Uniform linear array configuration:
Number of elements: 32
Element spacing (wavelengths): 0.5
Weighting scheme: hamming
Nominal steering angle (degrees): -45
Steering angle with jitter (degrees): -44.09
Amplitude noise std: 0.05
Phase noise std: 0.05

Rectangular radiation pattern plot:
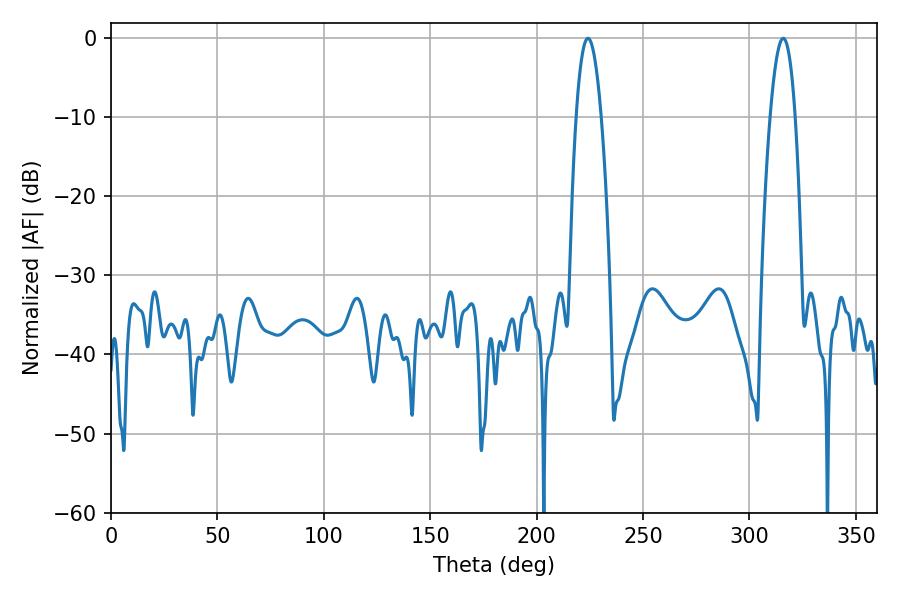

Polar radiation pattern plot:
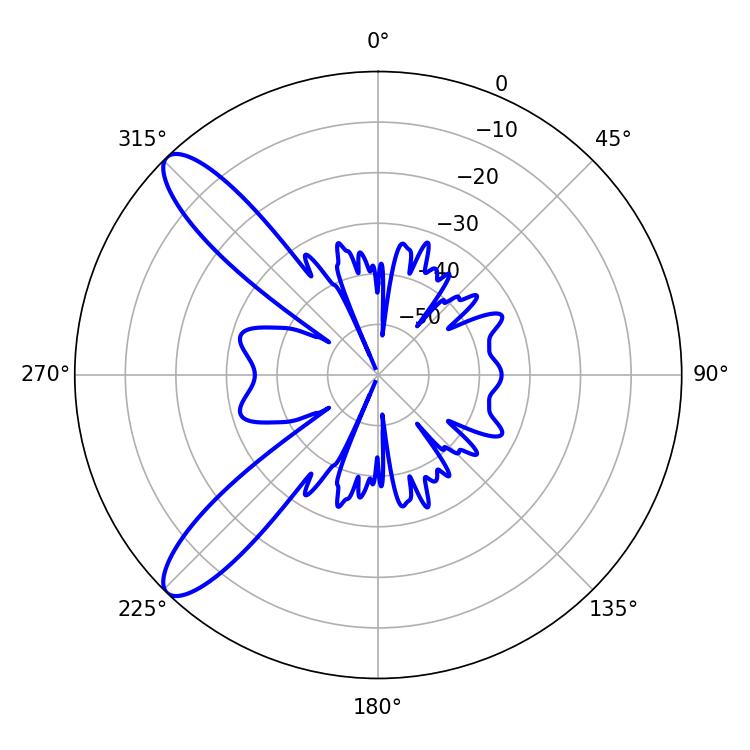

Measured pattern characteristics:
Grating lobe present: FALSE
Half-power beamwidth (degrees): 6.48
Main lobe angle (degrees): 224.1